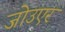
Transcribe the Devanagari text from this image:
जोउएर